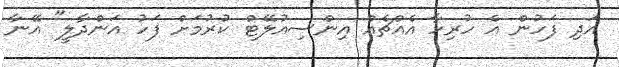
އަދި ފަހުން އެ ހުރިހާ އެއްޗެއް އިންސިއުލޭޓް ކުރުމަށް ފަހު އަންދާލީ" އޭނާ